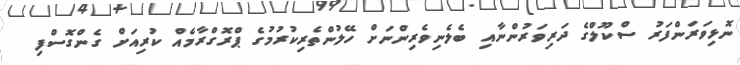
ނޮޅިވަރަންފަރު ސްކޫލްގެ ދަރިވަރުންނާއި ބެލެނިވެރިންނަށް ހޭލުންތެރިކުރުމުގެ ޕްރޮގްރާމެއް ކުރިއަށް ގެންގޮސްފި